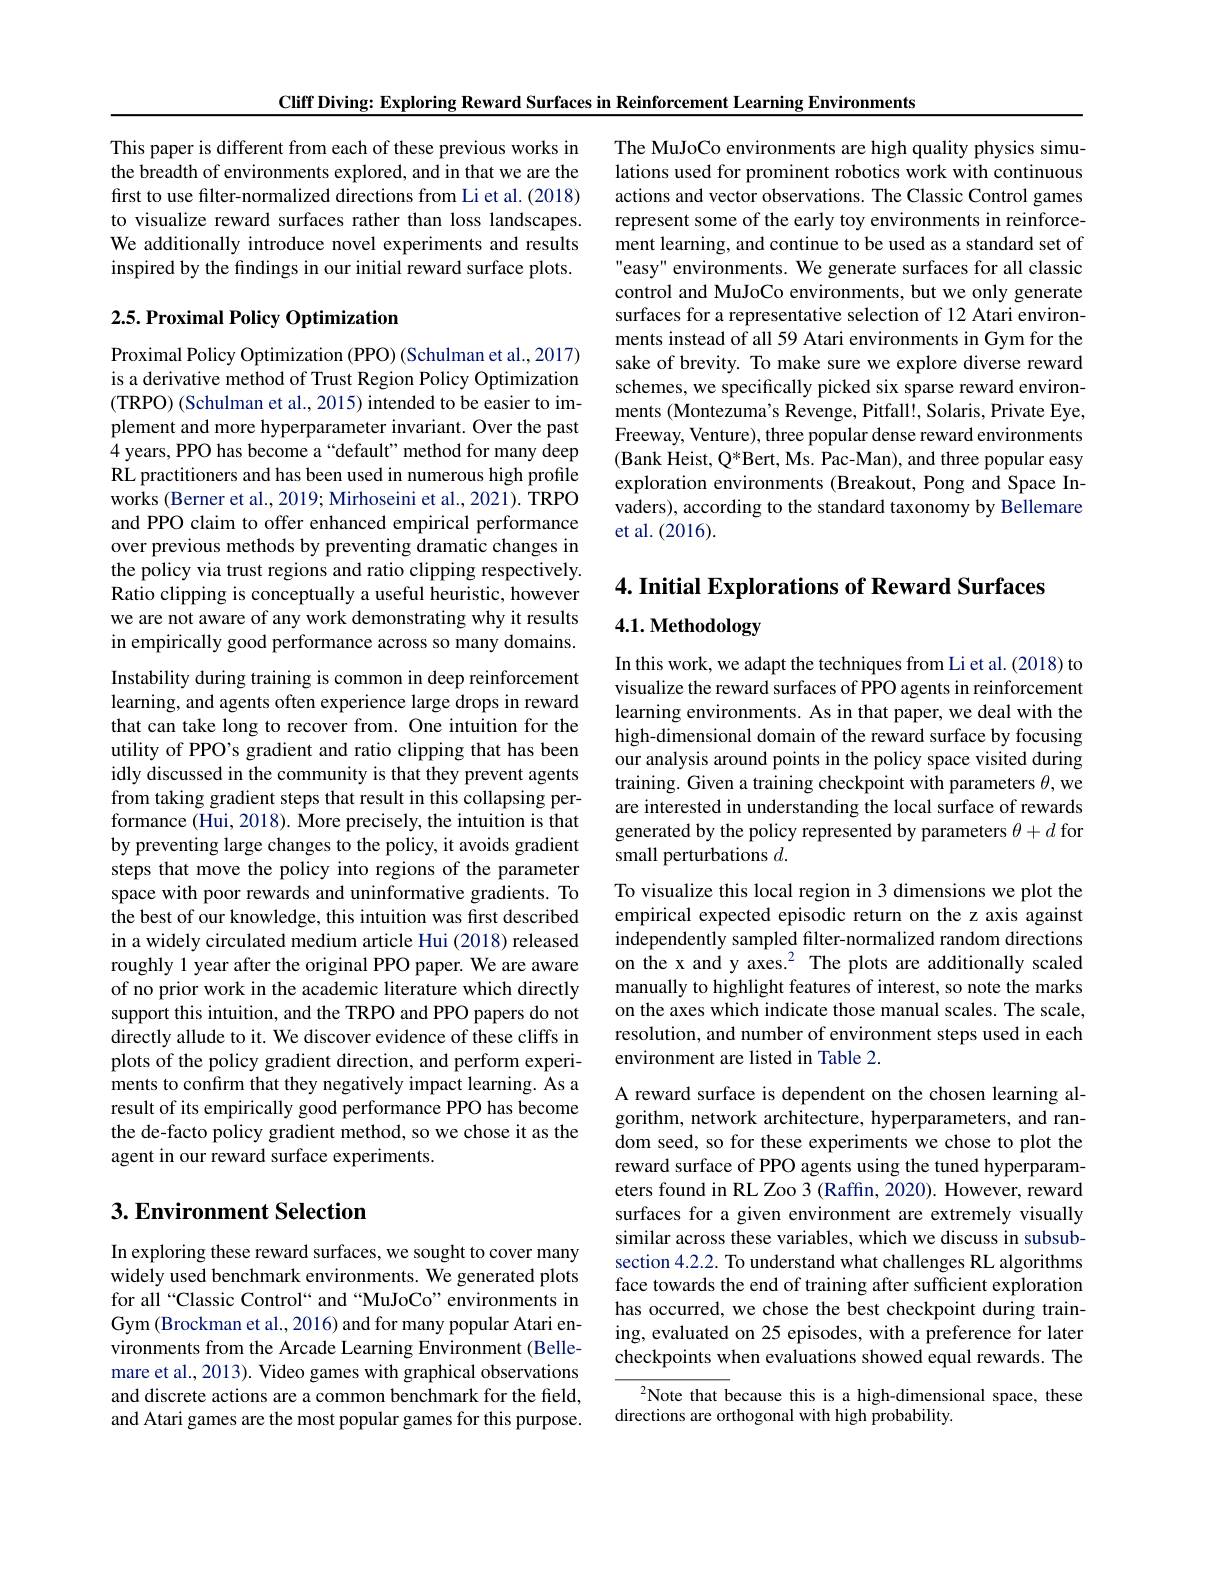
Cliff Diving: Exploring Reward Surfaces in Reinforcement Learning Environments

This paper is different from each of these previous works in the breadth of environments explored, and in that we are the first to use filter-normalized directions from Li et al.(2018) to visualize reward surfaces rather than loss landscapes. We additionally introduce novel experiments and results inspired by the findings in our initial reward surface plots.

## 2.5. Proximal Policy Optimization

Proximal Policy Optimization (PPO) (Schulman et al.,2017) is a derivative method of Trust Region Policy Optimization ( TRPO) ( Schulman et al. , 2015) intended to be easier to im- plement and more hyperparameter invariant. Over the past 4 years, PPO has become a “default” method for many deep RL practitioners and has been used in numerous high profile works (Berner et al., 2019; Mirhoseini et al., 2021). TRPO and PPO claim to offer enhanced empirical performance over previous methods by preventing dramatic changes in the policy via trust regions and ratio clipping respectively. Ratio clipping is conceptually a useful heuristic, however we are not aware of any work demonstrating why it results in empirically good performance across so many domains. Instability during training is common in deep reinforcement learning, and agents often experience large drops in reward that can take long to recover from. One intuition for the utility of PPO's gradient and ratio clipping that has been idly discussed in the community is that they prevent agents from taking gradient steps that result in this collapsing performance (Hui, 2018). More precisely, the intuition is that by preventing large changes to the policy, it avoids gradient steps that move the policy into regions of the parameter space with poor rewards and uninformative gradients. To the best of our knowledge, this intuition was first described in a widely circulated medium article Hui (2018) released roughly 1 year after the original PPO paper. We are aware of no prior work in the academic literature which directly support this intuition, and the TRPO and PPO papers do not directly allude to it. We discover evidence of these cliffs in plots of the policy gradient direction, and perform experiments to confirm that they negatively impact learning. As a result of its empirically good performance PPO has become the de-facto policy gradient method, so we chose it as the agent in our reward surface experiments.

## 3. Environment Selection

In exploring these reward surfaces, we sought to cover many widely used benchmark environments. We generated plots for all“Classic Control“ and“MuJoCo”environments in Gym (Brockman et al., 2016) and for many popular Atari environments from the Arcade Learning Environment (Bellemare et al., 2013). Video games with graphical observations and discrete actions are a common benchmark for the field, and Atari games are the most popular games for this purpose.

The MuJoCo environments are high quality physics simulations used for prominent robotics work with continuous actions and vector observations. The Classic Control games represent some of the early toy environments in reinforcement learning, and continue to be used as a standard set of easy" environments. We generate surfaces for all classic control and MuJoCo environments, but we only generate surfaces for a representative selection of 12 Atari environments instead of all 59 Atari environments in Gym for the sake of brevity. To make sure we explore diverse reward schemes, we specifically picked six sparse reward environments (Montezuma's Revenge, Pitfall!, Solaris, Private Eye, Freeway, Venture), three popular dense reward environments (Bank Heist, Q*Bert, Ms. Pac-Man), and three popular easy exploration environments (Breakout, Pong and Space Invaders), according to the standard taxonomy by Bellemare et al. (2016).

4. Initial Explorations of Reward Surfaces
4.1. Methodology

In this work, we adapt the techniques from Li et al.(2018) to visualize the reward surfaces of PPO agents in reinforcement learning environments. As in that paper, we deal with the high-dimensional domain of the reward surface by focusing our analysis around points in the policy space visited during training. Given a training checkpoint with parameters $\theta$, we are interested in understanding the local surface of rewards generated by the policy represented by parameters $\theta+d$ for small perturbations $d.$

To visualize this local region in 3 dimensions we plot the empirical expected episodic return on the z axis against independently sampled filter-normalized random directions on the x and y axes.$^2$ The plots are additionally scaled manually to highlight features of interest, so note the marks on the axes which indicate those manual scales. The scale, resolution, and number of environment steps used in each environment are listed in Table 2.

A reward surface is dependent on the chosen learning algorithm, network architecture, hyperparameters, and random seed, so for these experiments we chose to plot the reward surface of PPO agents using the tuned hyperparameters found in RL Zoo 3 (Raffin, 2020). However, reward surfaces for a given environment are extremely visually similar across these variables, which we discuss in subsubsection 4.2.2. To understand what challenges RL algorithms face towards the end of training after sufficient exploration has occurred, we chose the best checkpoint during training, evaluated on 25 episodes, with a preference for later checkpoints when evaluations showed equal rewards. The

$^2$Note that because this is a high-dimensional space, these
directions are orthogonal with high probability.